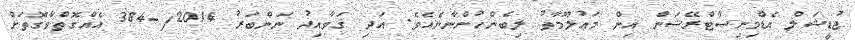
ޖުޑީޝަލް އެޑްމިނިސްޓްރޭޝަން އިން މަޢުލޫމާތު ލިބެންހުންނާނެއެވެ. އަދި ޤަވާއިދު ނަންބަރު 2014/-384 އެއްގޮތްވާގޮތަށް